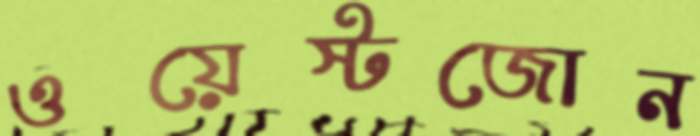
ওয়েস্টজোন